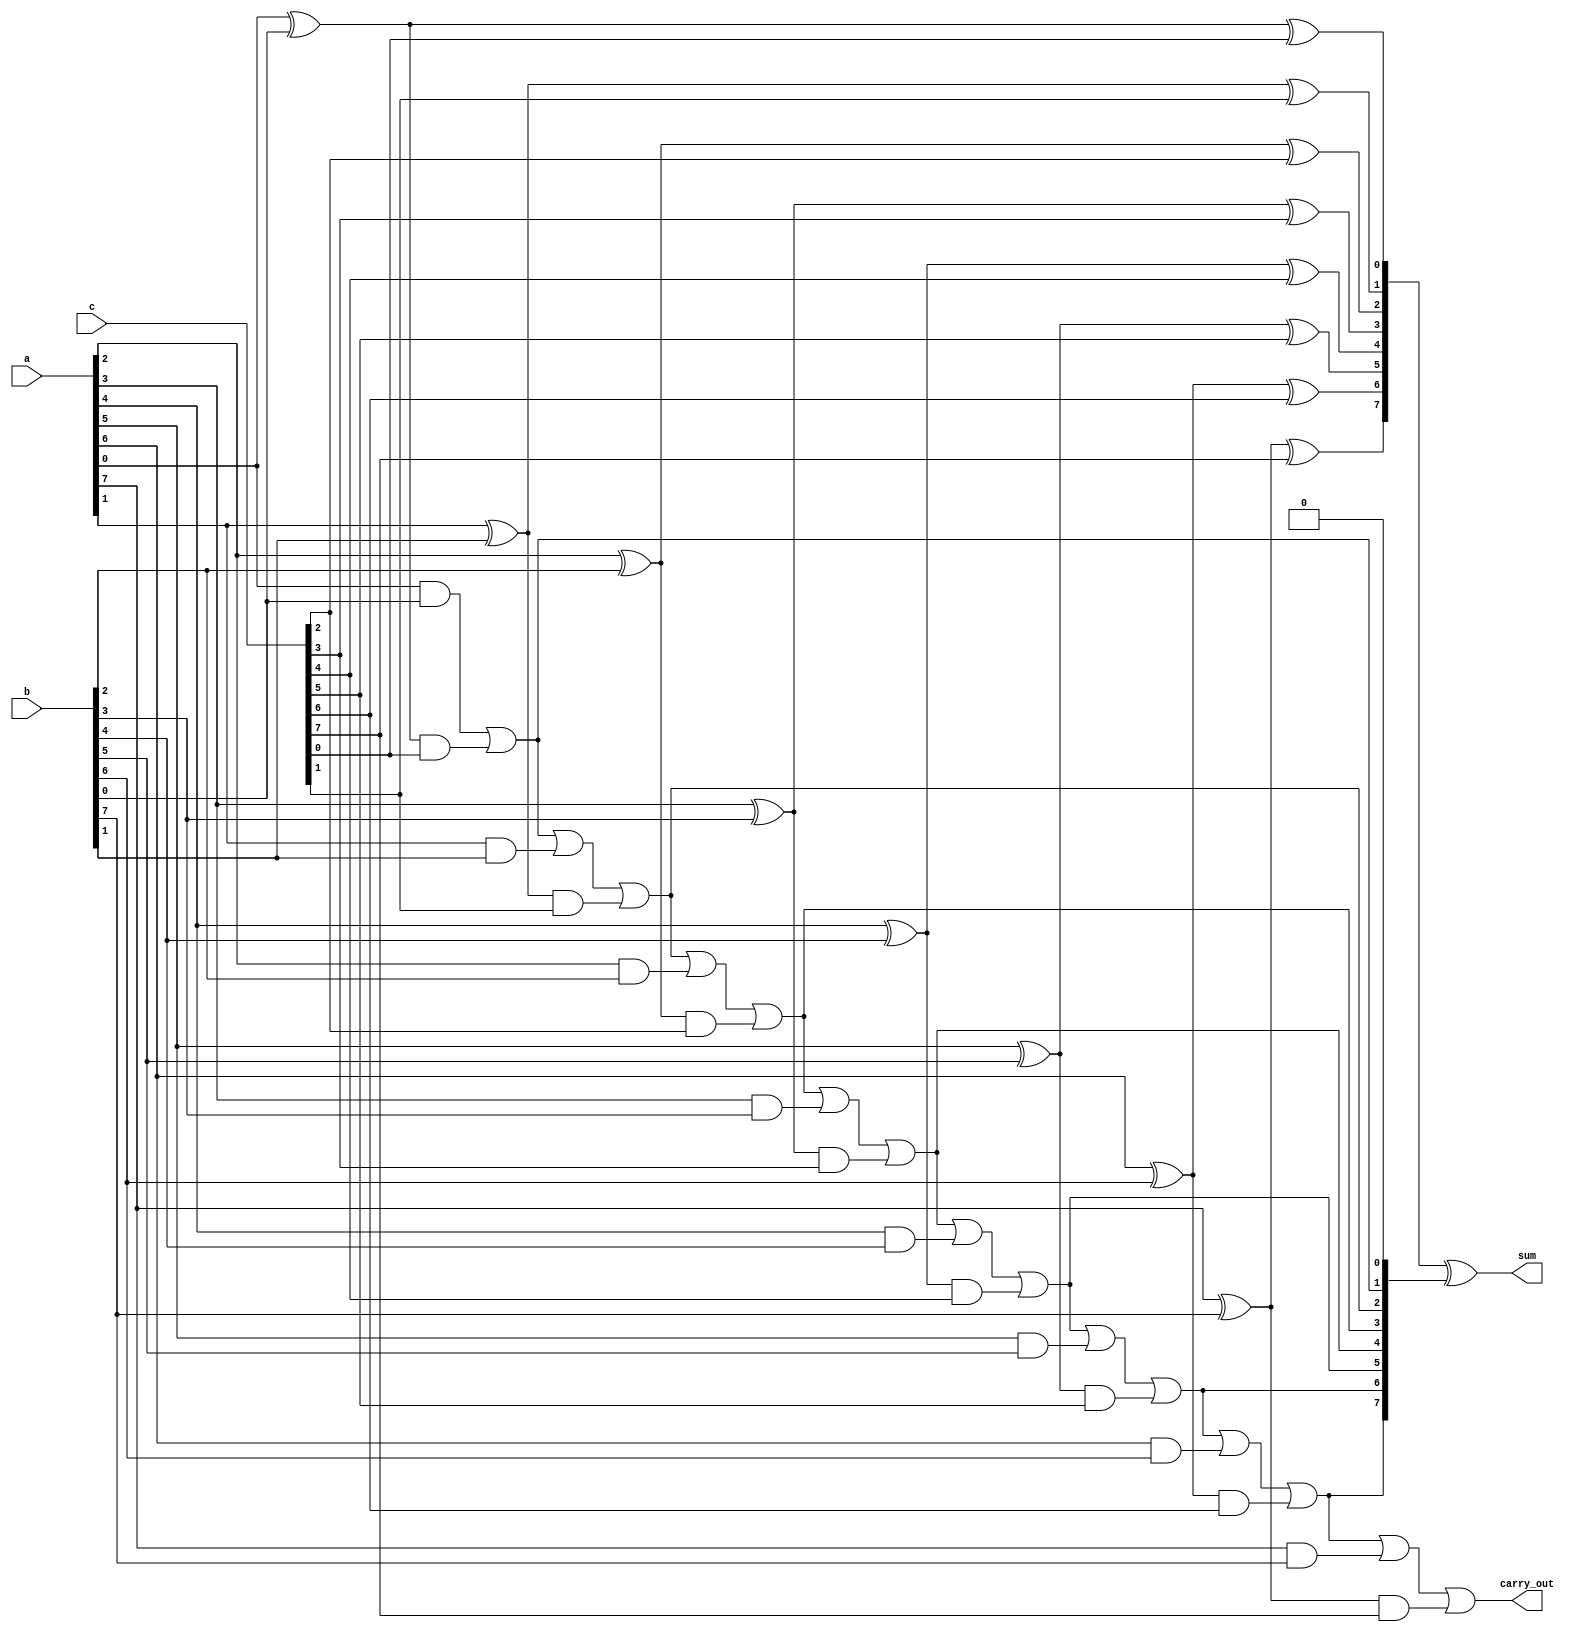
module carry_save_adder #(
    parameter WIDTH = 8 // Bit-width of the operands
)(
    input  wire [WIDTH-1:0] a, // First operand
    input  wire [WIDTH-1:0] b, // Second operand
    input  wire [WIDTH-1:0] c, // Third operand
    output wire [WIDTH-1:0] sum, // Final sum output
    output wire carry_out // Final carry output
);

    // Intermediate signals for partial sums and carries
    wire [WIDTH-1:0] partial_sum1, partial_sum2;
    wire [WIDTH-1:0] carry1, carry2;

    // Generate partial sums and carries
    genvar i;
    generate
        for (i = 0; i < WIDTH; i = i + 1) begin : CSA
            assign partial_sum1[i] = a[i] ^ b[i]; // First partial sum
            assign carry1[i] = a[i] & b[i]; // First carry

            assign partial_sum2[i] = partial_sum1[i] ^ c[i]; // Second partial sum
            assign carry2[i] = partial_sum1[i] & c[i]; // Second carry
        end
    endgenerate

    // Final carry propagation
    wire [WIDTH:0] carry_chain; // Carry chain for propagation
    assign carry_chain[0] = 0; // Initial carry-in is 0

    generate
        for (i = 0; i < WIDTH; i = i + 1) begin : Carry_Propagation
            assign carry_chain[i+1] = carry_chain[i] | carry1[i] | carry2[i]; // Propagate carries
        end
    endgenerate

    // Final sum calculation
    assign sum = partial_sum2 ^ carry_chain[WIDTH-1:0]; // Final sum
    assign carry_out = carry_chain[WIDTH]; // Final carry out

endmodule